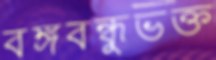
বঙ্গবন্ধুভক্ত